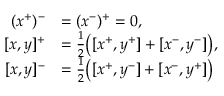
\begin{array} { r l } { ( x ^ { + } ) ^ { - } } & { = ( x ^ { - } ) ^ { + } = 0 , } \\ { [ x , y ] ^ { + } } & { = \frac { 1 } { 2 } \bigl ( [ x ^ { + } , y ^ { + } ] + [ x ^ { - } , y ^ { - } ] \bigr ) , } \\ { [ x , y ] ^ { - } } & { = \frac { 1 } { 2 } \bigl ( [ x ^ { + } , y ^ { - } ] + [ x ^ { - } , y ^ { + } ] \bigr ) } \end{array}